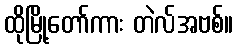
ထိုမြို့တော်ကား တဲလ်အဗစ်။